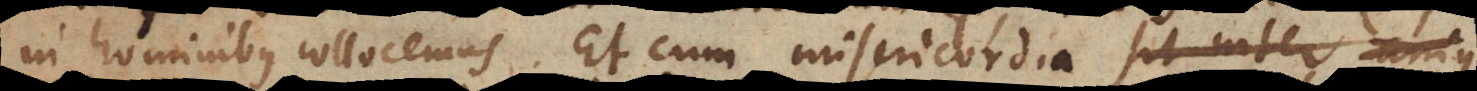
in hominibus collocemus. Et cum misericordia sit inter attri